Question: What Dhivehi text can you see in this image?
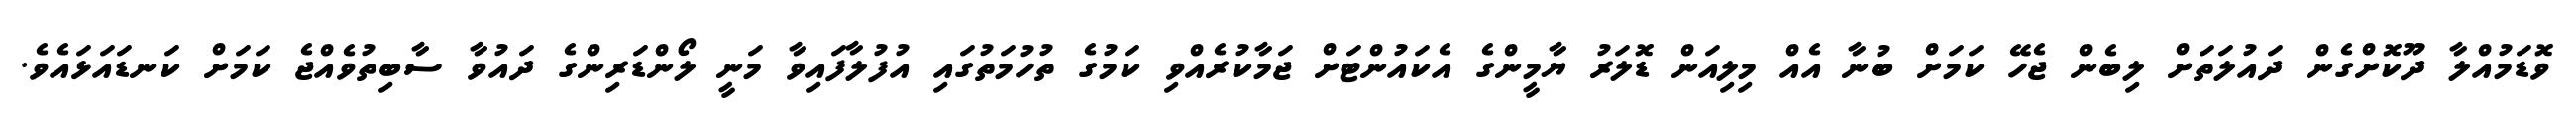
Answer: ވޮޑަމުއްލާ ދޫކޮށްގެން ދައުލަތަށް ލިބެން ޖެހޭ ކަމަށް ބުނާ އެއް މިލިއަން ޑޮލަރު ޔާމީންގެ އެކައުންޓަށް ޖަމާކުރެއްވި ކަމުގެ ތުހުމަތުގައި އުފުލާފައިވާ މަނީ ލޯންޑަރިންގެ ދައުވާ ސާބިތުވެއްޖެ ކަމަށް ކަނޑައަޅައެވެ.